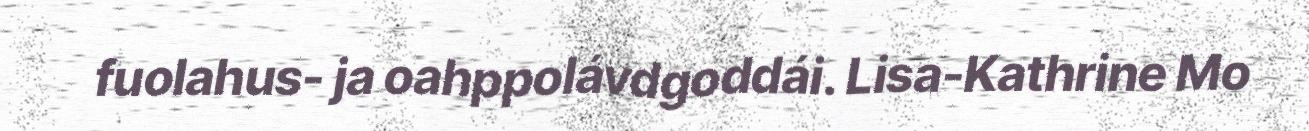
fuolahus- ja oahppolávdgoddái. Lisa-Kathrine Mo